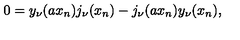
0 = y _ { \nu } ( a x _ { n } ) j _ { \nu } ( x _ { n } ) - j _ { \nu } ( a x _ { n } ) y _ { \nu } ( x _ { n } ) ,